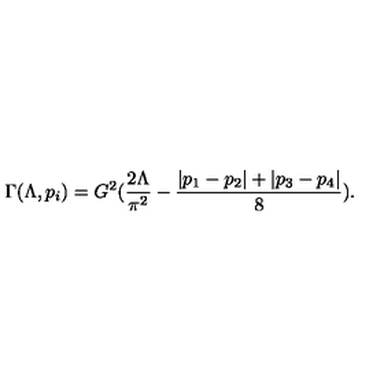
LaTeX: \Gamma ( \Lambda , p _ { i } ) = G ^ { 2 } ( \frac { 2 \Lambda } { \pi ^ { 2 } } - \frac { | p _ { 1 } - p _ { 2 } | + | p _ { 3 } - p _ { 4 } | } { 8 } ) .